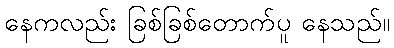
နေကလည်း ခြစ်ခြစ်တောက်ပူ နေသည်။